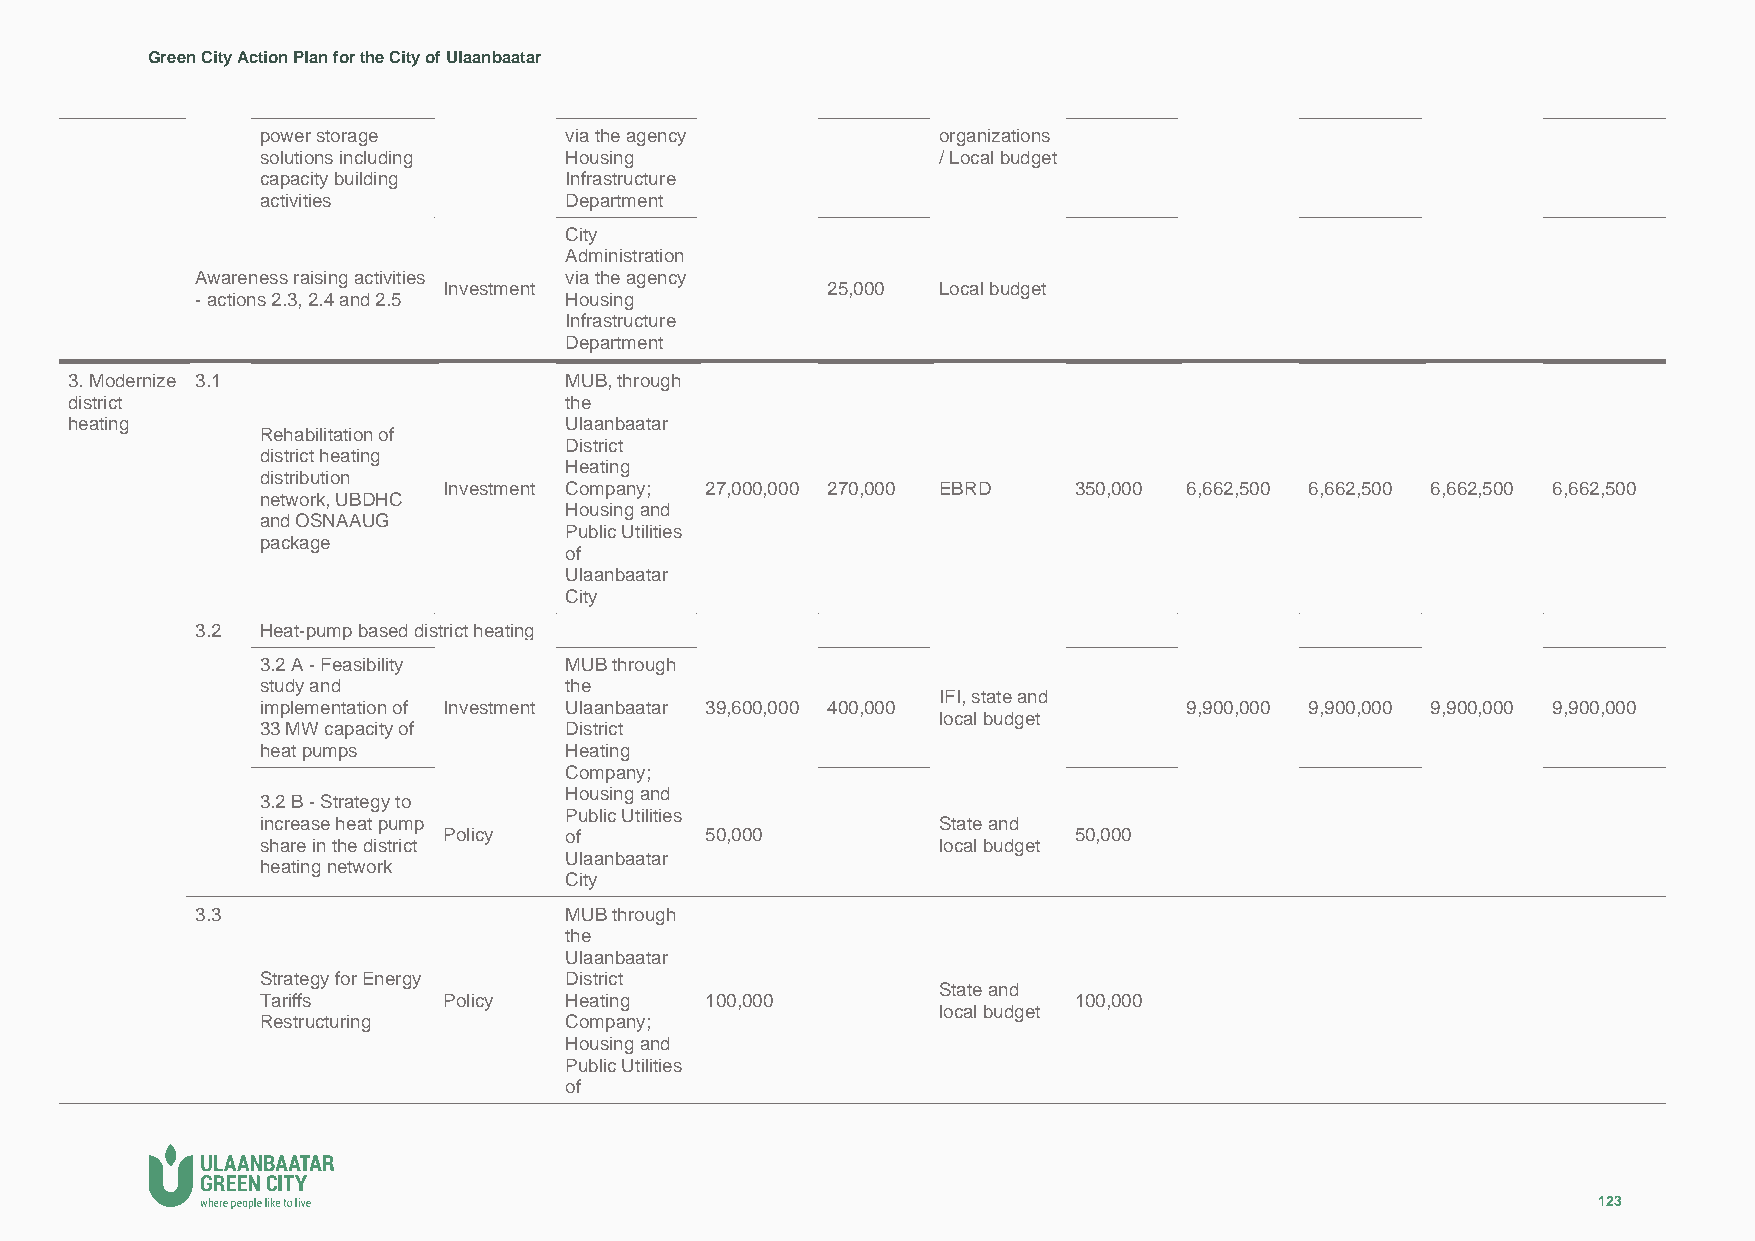
Green City Action Plan for the City of Ulaanbaatar
 power storage       via the agency           organizations
 solutions including Housing                  / Local budget
 capacity building   Infrastructure
 activities          Department
 City
 Administration
 Awareness raising activities via the agency
 Investment                25,000 Local budget
 - actions 2.3, 2.4 and 2.5 Housing
 Infrastructure
 Department
 3. Modernize 3.1                 MUB, through
 district                         the
 heating                          Ulaanbaatar
 Rehabilitation of
 District
 district heating
 Heating
 distribution
 Investment Company; 27,000,000 270,000 EBRD 350,000 6,662,500 6,662,500 6,662,500 6,662,500
 network, UBDHC
 Housing and
 and OSNAAUG
 Public Utilities
 package
 of
 Ulaanbaatar
 City
 3.2 Heat-pump based district heating
 3.2 A - Feasibility MUB through
 study and           the
 IFI, state and
 implementation of Investment Ulaanbaatar 39,600,000 400,000  9,900,000 9,900,000 9,900,000 9,900,000
 local budget
 33 MW capacity of   District
 heat pumps          Heating
 Company;
 Housing and
 3.2 B - Strategy to
 Public Utilities
 increase heat pump                           State and
 Policy  of        50,000                  50,000
 share in the district                        local budget
 Ulaanbaatar
 heating network
 City
 3.3                     MUB through
 the
 Ulaanbaatar
 Strategy for Energy District
 State and
 Tariffs     Policy  Heating   100,000                 100,000
 local budget
 Restructuring       Company;
 Housing and
 Public Utilities
 of
 123